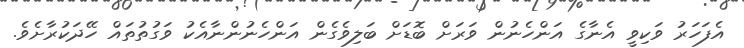
އެފަހަރު ވަކިވީ އެނާގެ އަންހެނުން ވަރަށް ބޮޑަށް ބަލިވެގެން އަންހެނުންނާއެކު ވަގުތުތައް ހޭދަކުރާށެވެ.